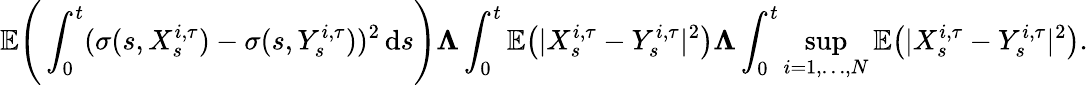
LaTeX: \mathbb{E}\Bigg(\int_{0}^{t}(\sigma(s,X_{s}^{i,\tau})-\sigma(s,Y_{s}^{i,\tau}))^{2}\, \mathrm{d}s\Bigg)\le\Lambda\int_{0}^{t}\mathbb{E}\big(|X_{s}^{i,\tau}-Y_{s}^{i,\tau}|^{2}\big)\le\Lambda\int_{0}^{t}\operatorname*{sup}_{i=1,\ldots,N}\mathbb{E}\big(|X_{s}^{i,\tau}-Y_{s}^{i,\tau}|^{2}\big).